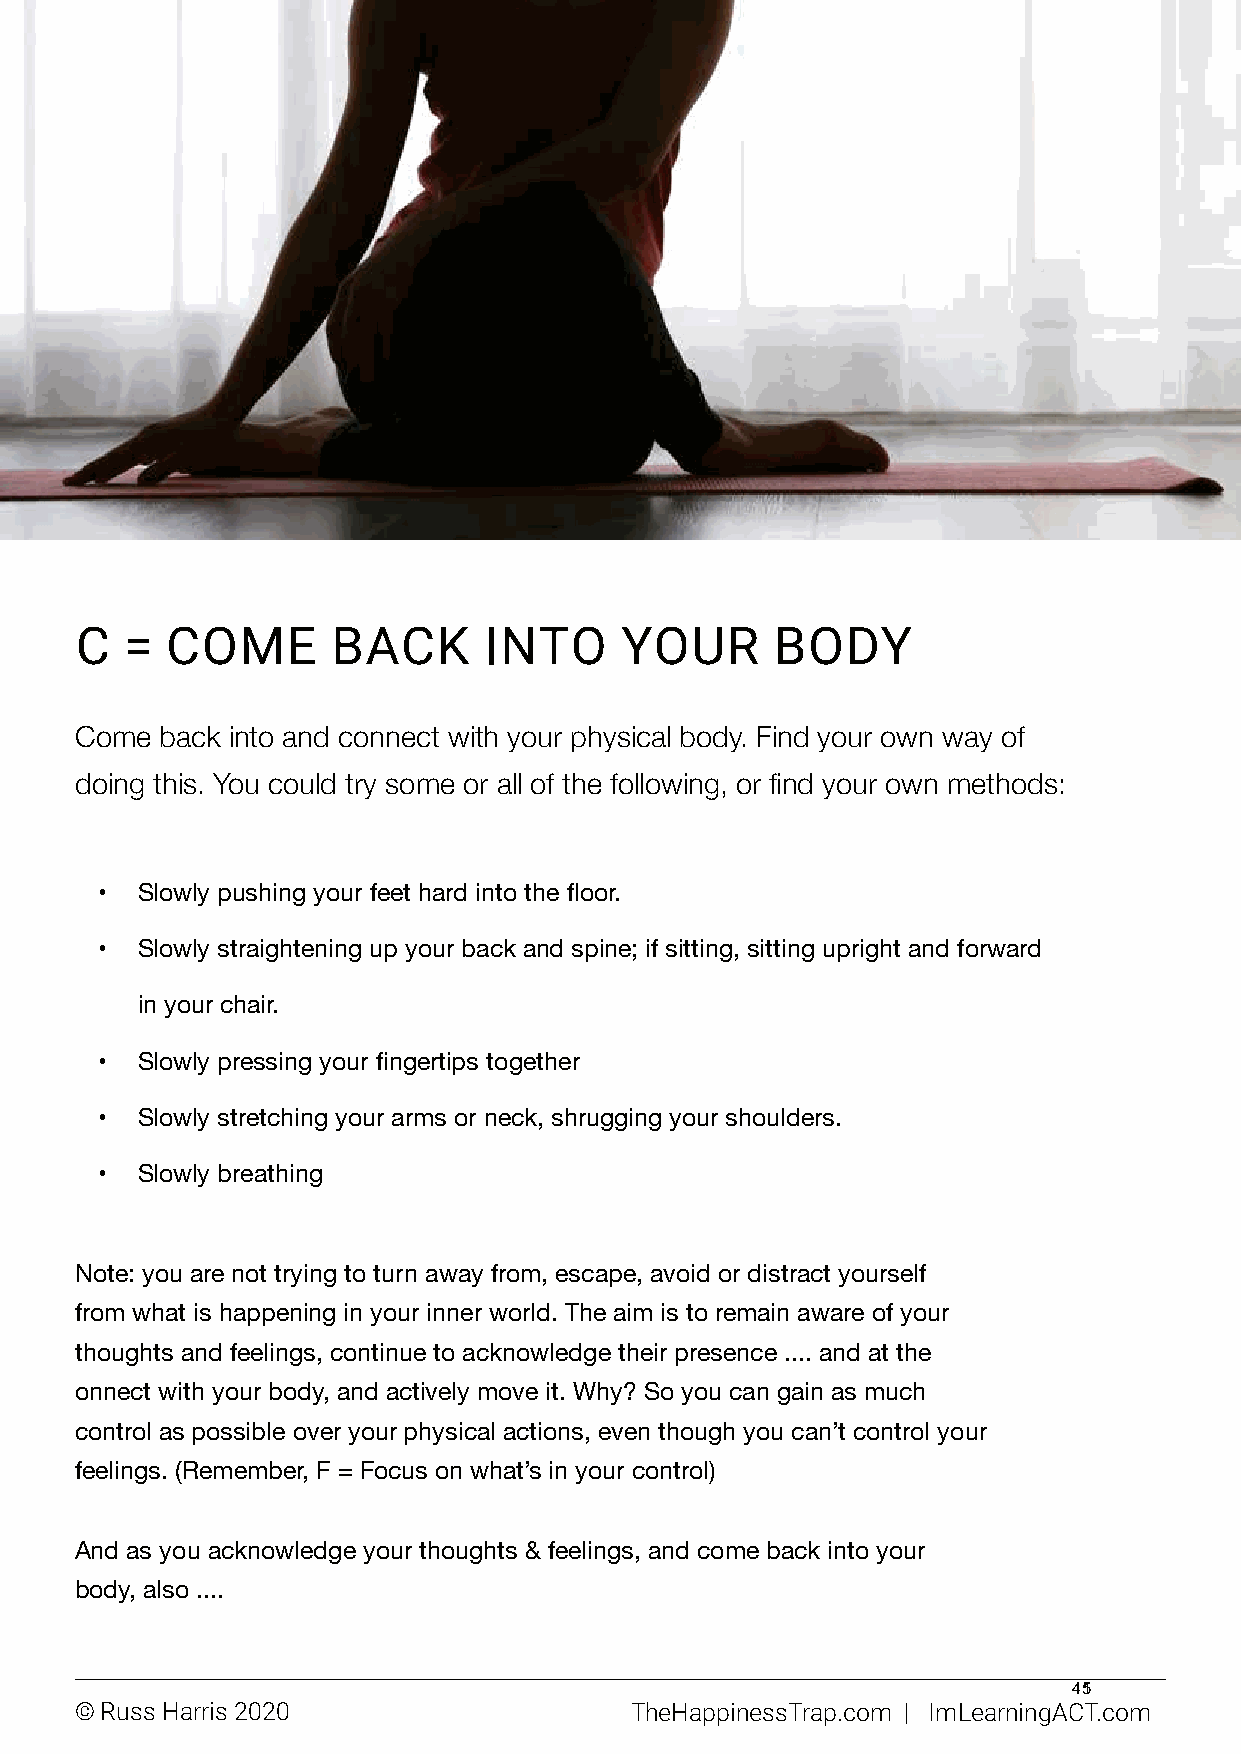
C  =  COME       BACK      INTO     YOUR      BODY
 Come  back into and connect with your physical body. Find your own way of
 doing this. You could try some or all of the following, or find your own methods:
 •  Slowly pushing your feet hard into the floor.
 •  Slowly straightening up your back and spine; if sitting, sitting upright and forward
 in your chair.
 •  Slowly pressing your fingertips together
 •  Slowly stretching your arms or neck, shrugging your shoulders.
 •  Slowly breathing
 Note: you are not trying to turn away from, escape, avoid or distract yourself
 from what is happening in your inner world. The aim is to remain aware of your
 thoughts and feelings, continue to acknowledge their presence .... and at the
 onnect with your body, and actively move it. Why? So you can gain as much
 control as possible over your physical actions, even though you can’t control your
 feelings. (Remember, F = Focus on what’s in your control)
 And as you acknowledge your thoughts & feelings, and come back into your
 body, also ....
 451
 © Russ Harris 2020                   TheHappinessTrap.com | ImLearningACT.com